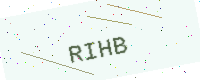
Text: RIHB